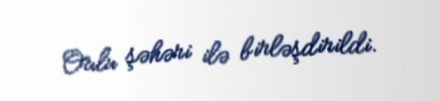
Oulu şəhəri ilə birləşdirildi.